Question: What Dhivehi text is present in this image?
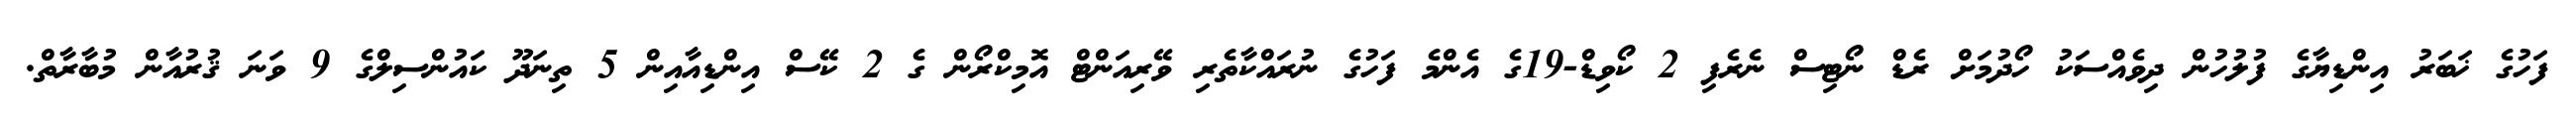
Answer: ފަހުގެ ޚަބަރު އިންޑިޔާގެ ފުލުހުން ދިވެއްސަކު ހޯދުމަށް ރެޑް ނޯޓިސް ނެރެފި 2 ކޯވިޑް-19ގެ އެންމެ ފަހުގެ ނުރައްކާތެރި ވޭރިއަންޓް އޮމިކްރޯން ގެ 2 ކޭސް އިންޑިއާއިން 5 ތިނަދޫ ކައުންސިލްގެ 9 ވަނަ ޤުރުއާން މުބާރާތް.